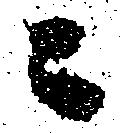
ニ